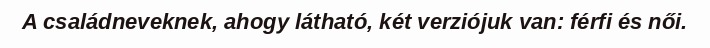
A családneveknek, ahogy látható, két verziójuk van: férfi és női.